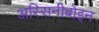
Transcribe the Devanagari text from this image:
अस्सिनीबोइन